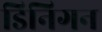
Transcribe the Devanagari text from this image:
डिनिगन